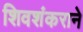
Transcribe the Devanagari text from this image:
शिवशंकराने